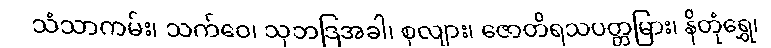
သံသာကမ်း၊ သက်ဝေ၊ သုဘဒြအခါ၊ စုလျား၊ ဇောတိရသပတ္တမြား၊ နိတုံရွှေ၊